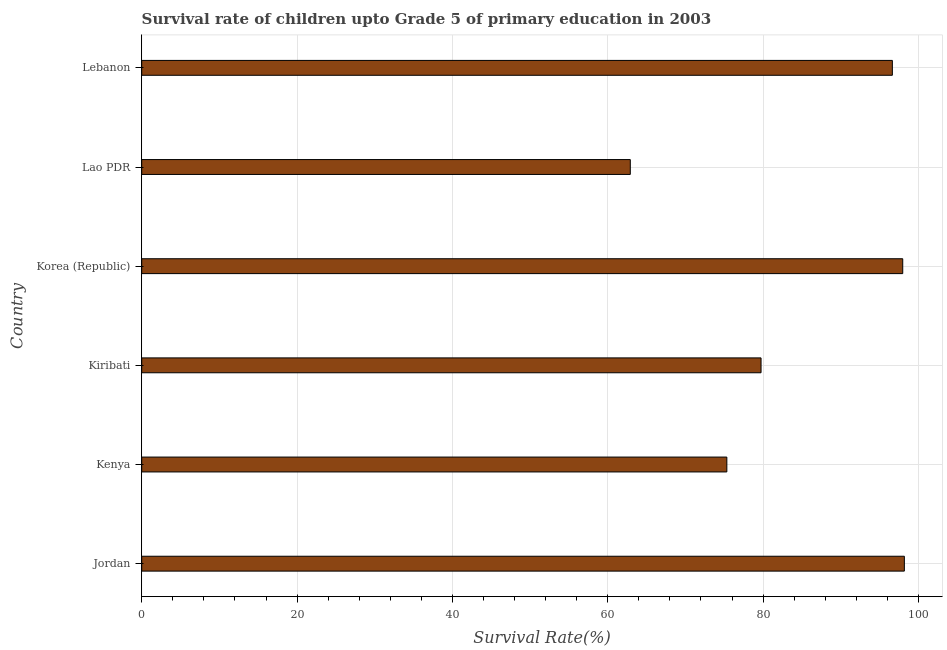
| Country | Survival rate |
 | --- | --- |
 | Jordan | 98.2 |
 | Kenya | 75.3 |
 | Kiribati | 79.7 |
 | Korea (Republic) | 98 |
 | Lao PDR | 62.9 |
 | Lebanon | 96.6 |